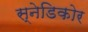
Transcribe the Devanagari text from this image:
स्नेडिकोर